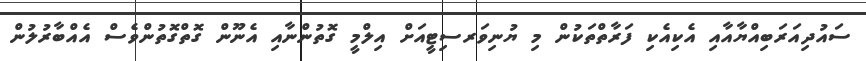
ސައުދިއަރަބިއްްޔާއާއި އެކިއެކި ފަރާތްތަކުން މި ޔުނިވަރސިޓީއަށް އިލްމީ ގޮތުންނާއި އެނޫން ގޮތްގޮތުންވެސް އެއްބާރުލުން